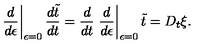
\left. \frac { d } { d \epsilon } \right| _ { \epsilon = 0 } \frac { d \tilde { t } } { d t } = \frac { d } { d t } \left. \frac { d } { d \epsilon } \right| _ { \epsilon = 0 } \tilde { t } = D _ { t } \xi .